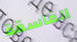
الفاسقة